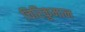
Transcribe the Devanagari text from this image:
चिरिकुमान